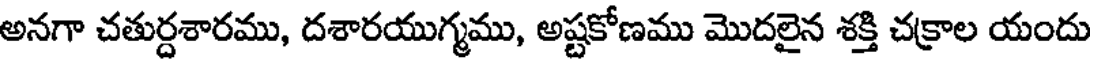
అనగా చతుర్దశారము, దశారయుగ్మము, అష్టకోణము మొదలైన శక్తి చక్రాల యందు